Salla_vallavalitsus, lk 15
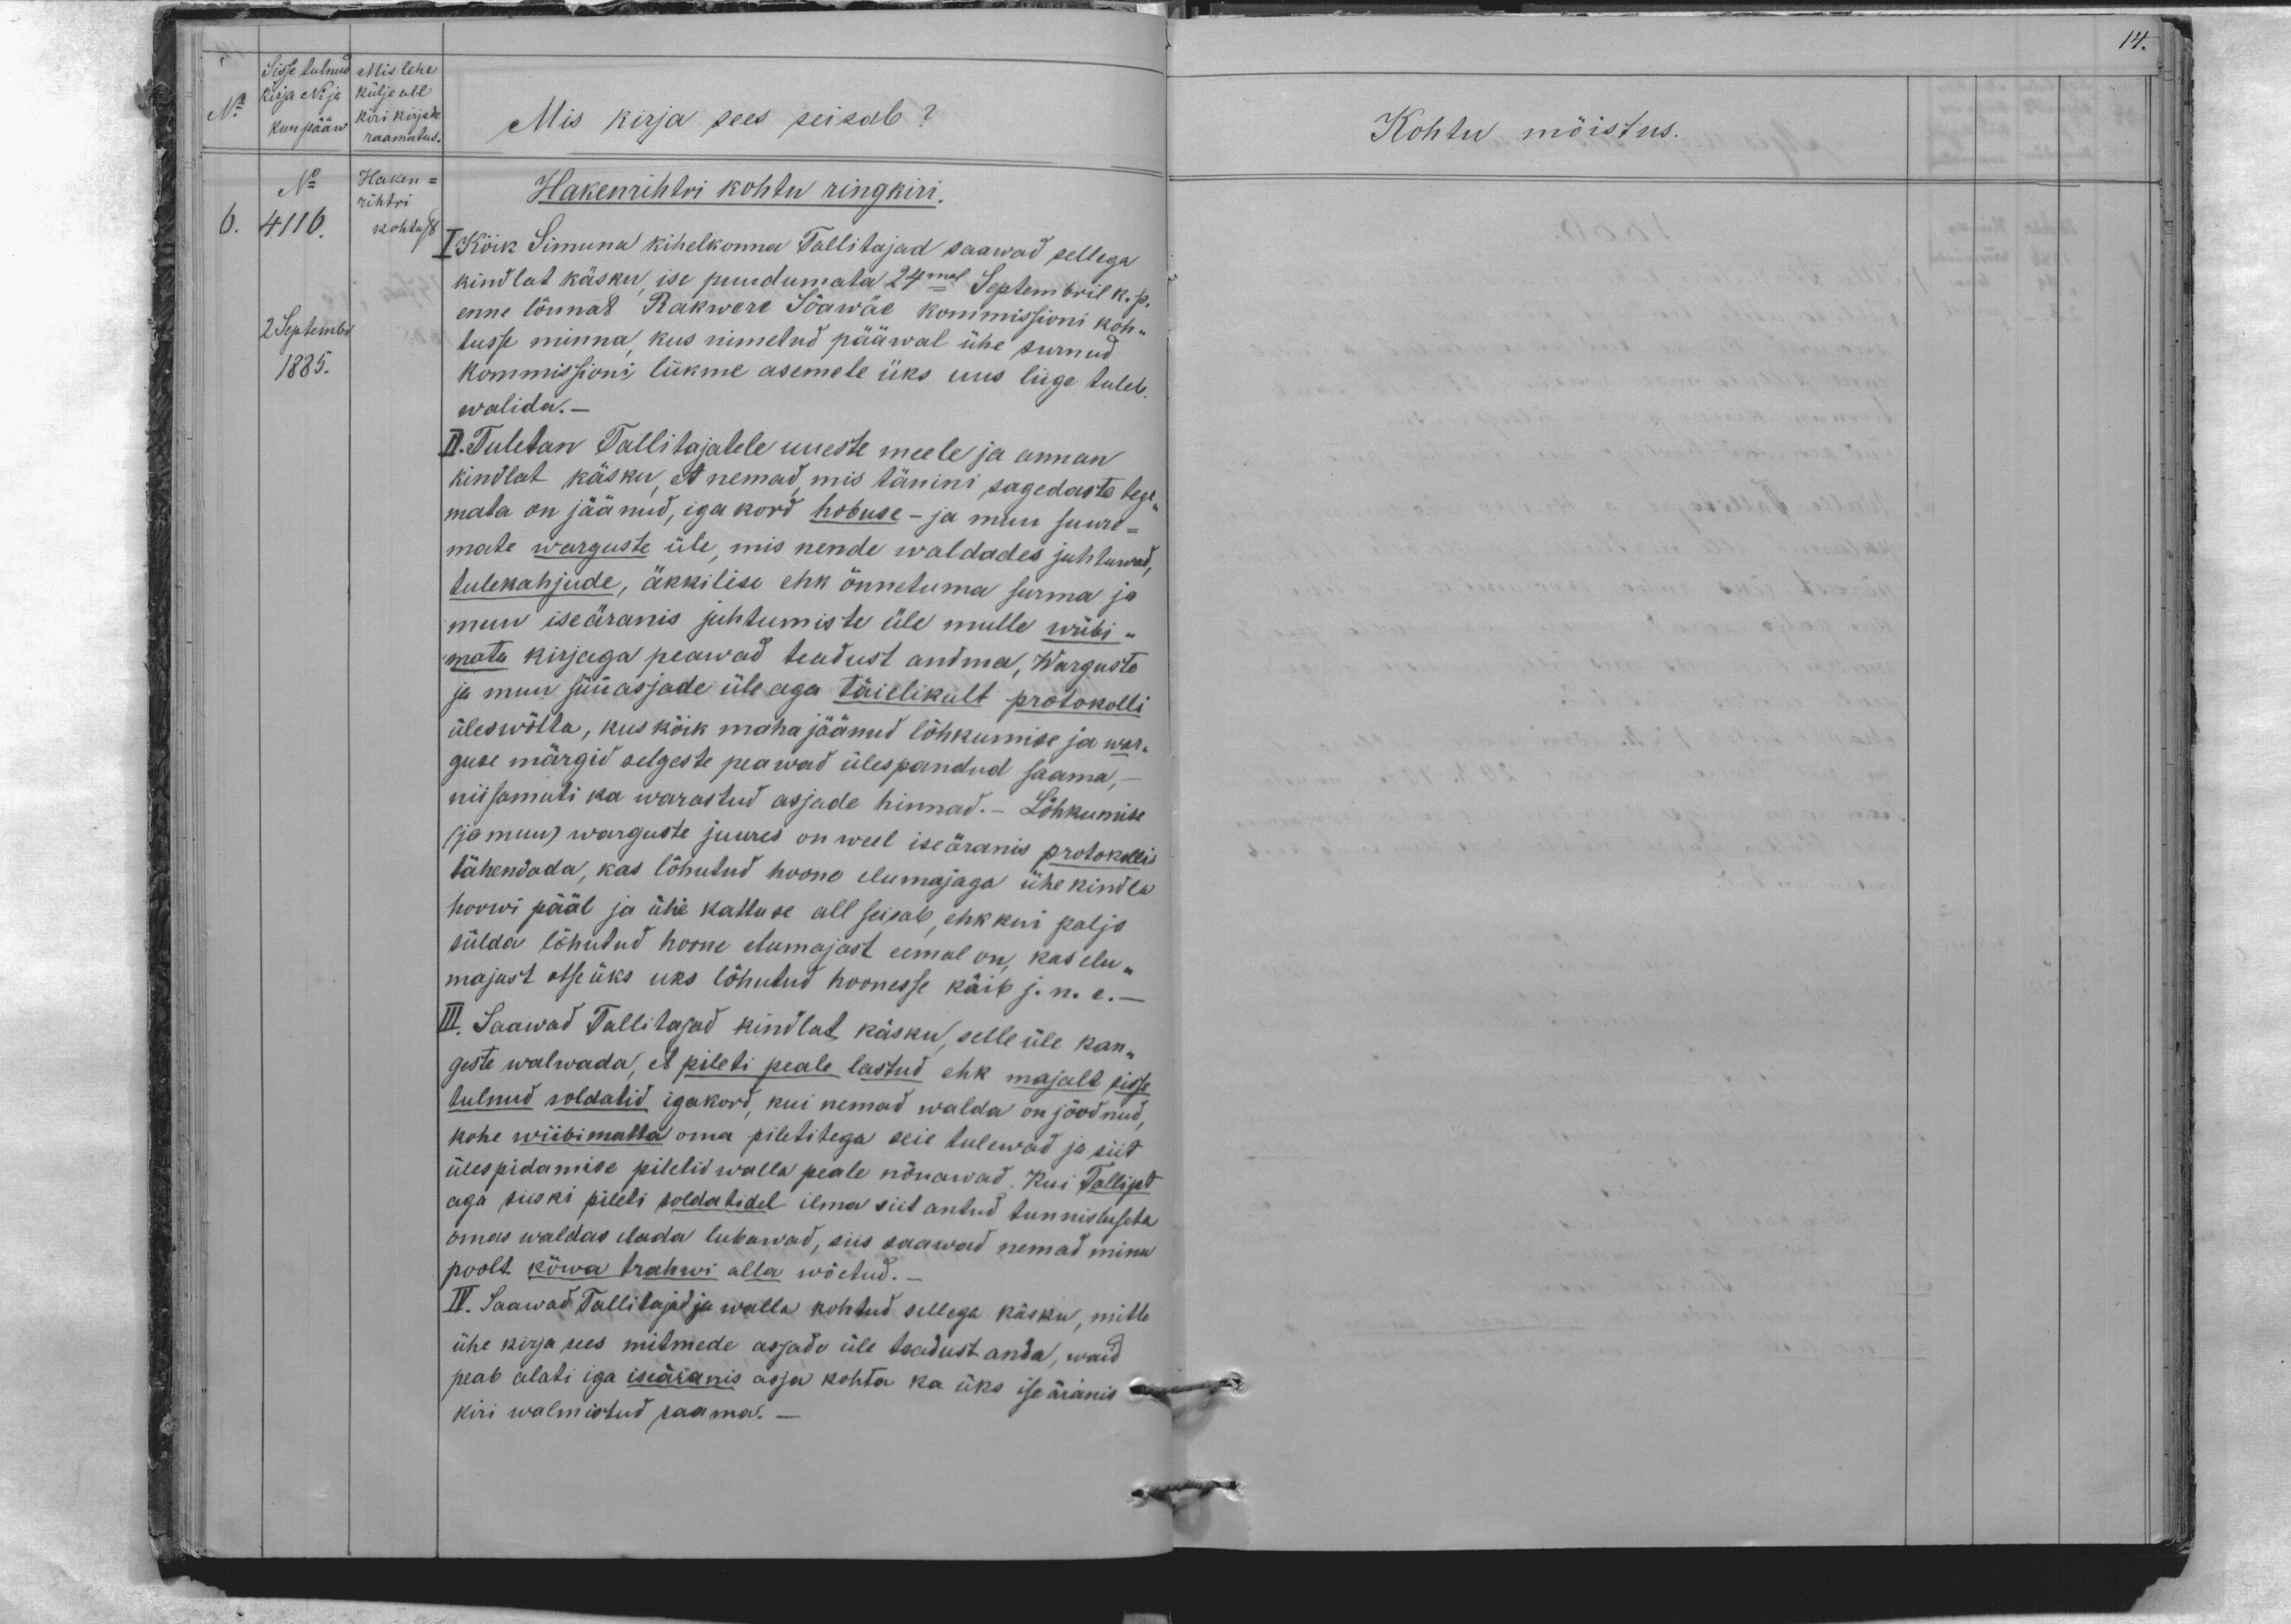
14.

Sisse tulnud
Kirja No ja
kuu pääw
No
Mis lehe
külje all
kiri kirja
raamatus
No
4116.
Haken-
rihtri
kohtust
6.
2 Septembr
1885.

Mis kirja sees seisab?
Hakenrihtri kohtu ringkiri.
I Kõik Simuna kihelkonna Tallitajad saawad sellega
kindlat käsku ise puudumata 24mal Septembril k. p.
enne lõunat Rakwere Sõawäe kommissioni koh-
tusse minna kus nimetud pääwal ühe surnud,
kommissioni liikme asemele üks uus liige tuleb
walida.-
II. Tuletan Tallitajatele uueste meele ja annan
kindlat käsku, et nemad, mis tänini sagedaste tege-
mata on jäänud, iga kord hobuse - ja muu suure-
mate warguste üle mis nende waldades juhtuwad,
tulekahjude, äkkilise ehk õnnetuma surma ja
muu iseäranis juhtumiste üle mulle wiibi -
mata kirjaga peawad teadust andma, Warguste
ja muu süüasjade üle aga täielikult protokolli
üles wõtta, kus kõik maha jäänud lõhkumise ja war-
guse märgid selgeste peawad ülespandud saama, -
niisamuti ka warastud asjade hinnad.- Lõhkumise
(ja muu) warguste juures on weel iseäranis protokollis
tähendada, kas lõhutud hoone elumajaga ühekindla
hoowi pääl ja ühe kattuse all seisab, ehk kui paljo
sülda lõhutud hoone elumajast eemal on kas elu-
majast otse üks uks lõhutud hoonesse käib j.n.e.
III Saawad Tallitajad kindlat käsku selle üle kan-
geste walwada, et pileti peale lastud ehk majalt sisse
tulnud soldatid igakord, kui nemad walda on jõudnud.
kohe wiibimatta oma piletitega seie tulewad ja siit
ülespidamise piletid walla peale nõuawad. Kui Tallist
aga siiski pileti soldatidel ilma siit antud tunnistuseta
omas waldas elada lubawad, siis saawad nemad minu
poolt kõwa trahwi alla wõetud.
II. Saawad Tallitajad ja walla kohtud sellega käsku, mitte
ühe kirja sees mitmede asjade üle teadust anda, waid
peab alati iga iseäranis asja kohta ka üks ise äianis
kiri walmistud saama.

Kohtu mõistus.